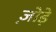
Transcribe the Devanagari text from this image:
जो़ड़े